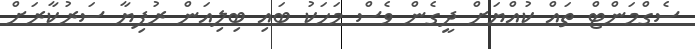
ސެގްމަންޓް ތައް ކުއްޔަށް ދީގެން ވެސް މަހަކު ބައި ބިލިއަން ރުފިޔާ ސަރުކާރަށް